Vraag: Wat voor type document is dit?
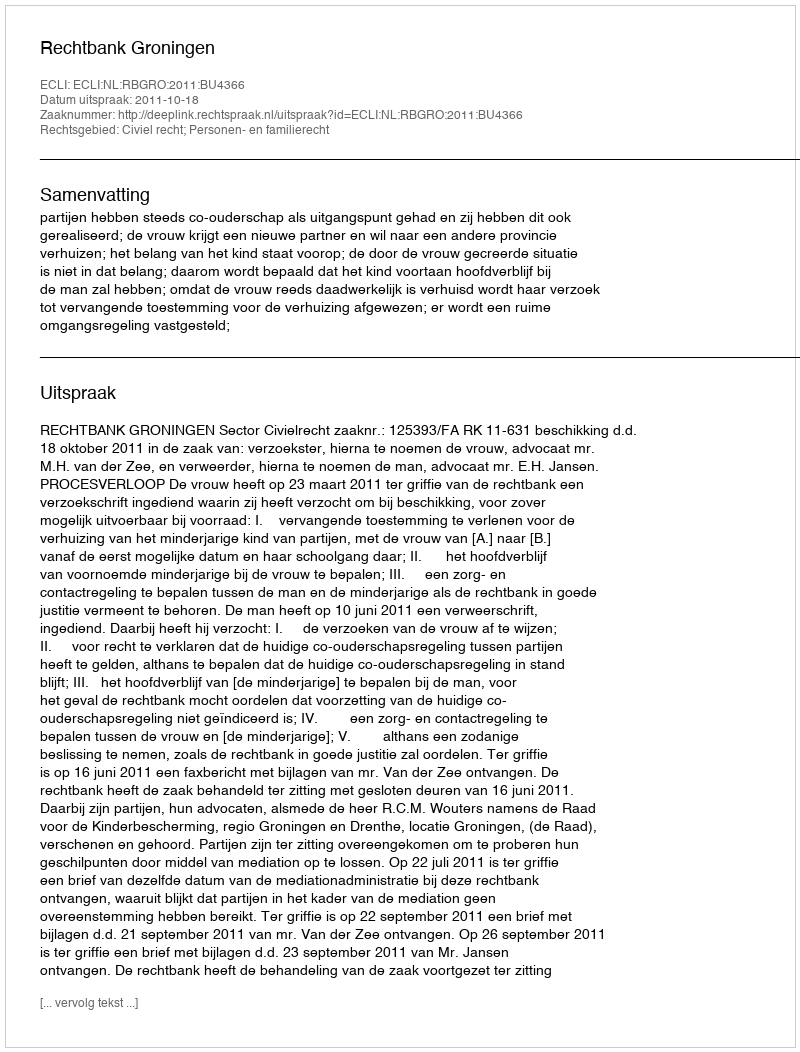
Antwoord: Uitspraak